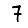
Digit: 7